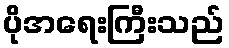
ပိုအရေးကြီးသည်